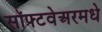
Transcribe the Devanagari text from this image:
सॉफ्टवेअरमधे